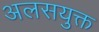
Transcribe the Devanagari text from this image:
अलसयुक्त